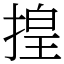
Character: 揘